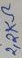
Text: 2,2KΩ